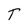
Character: T